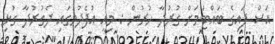
އަސް ފައިގެ ބައްޓަމަށް ގުރުދާ ހުރުން : މިއީ އުފެދުމުގައި ދެގުރުދާ ގުޅި